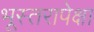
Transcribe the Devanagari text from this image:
भूस्तरापेक्षा